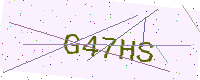
Text: G47HS